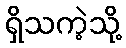
ရှိသကဲ့သို့